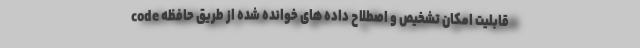
code قابلیت امکان تشخیص و اصطلاح داده های خوانده شده از طریق حافظه